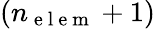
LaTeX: \left(n_{\mathrm{~e~l~e~m~}}+1\right)